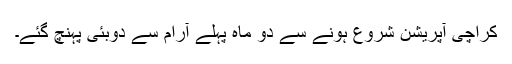
کراچی آپریشن شروع ہونے سے دو ماہ پہلے آرام سے دوبئی پہنچ گئے۔